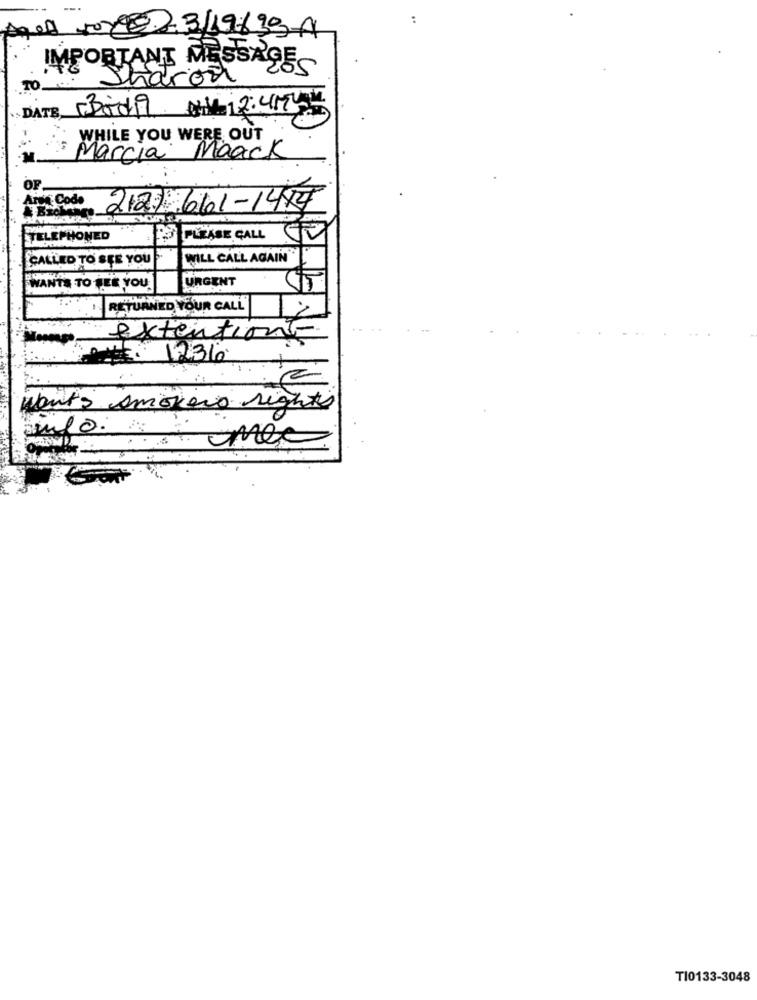
:
Aged
3/19639-4
IMPORTANT MESSAGES
Sharon
TO.
DATE, Bidi 1 2: 41
WHILE YOU WERE OUT
Marcia Maack
OF.
Arve Code
2127 661-1484
TELEPHONED
PLEASE CALL
CALLED TO SEE YOU
WILL CALL AGAIN"
URGENT
WANTS TO SEE YOU.
RETURNED YOUR CALL
extentions
1236
wants smokers nights
· mex
TI0133-3048